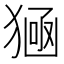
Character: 𤠀